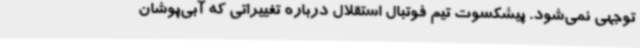
توجهی نمی‌شود. پیشکسوت تیم فوتبال استقلال درباره تغییراتی که آبی‌پوشان